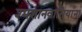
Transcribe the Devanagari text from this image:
श्मशानवासियांना